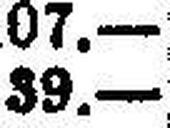
39.—